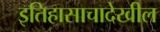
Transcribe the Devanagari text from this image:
इतिहासाचादेखील